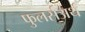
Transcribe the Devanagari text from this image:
फुलर्सअर्थ